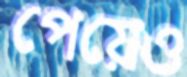
পেয়েও